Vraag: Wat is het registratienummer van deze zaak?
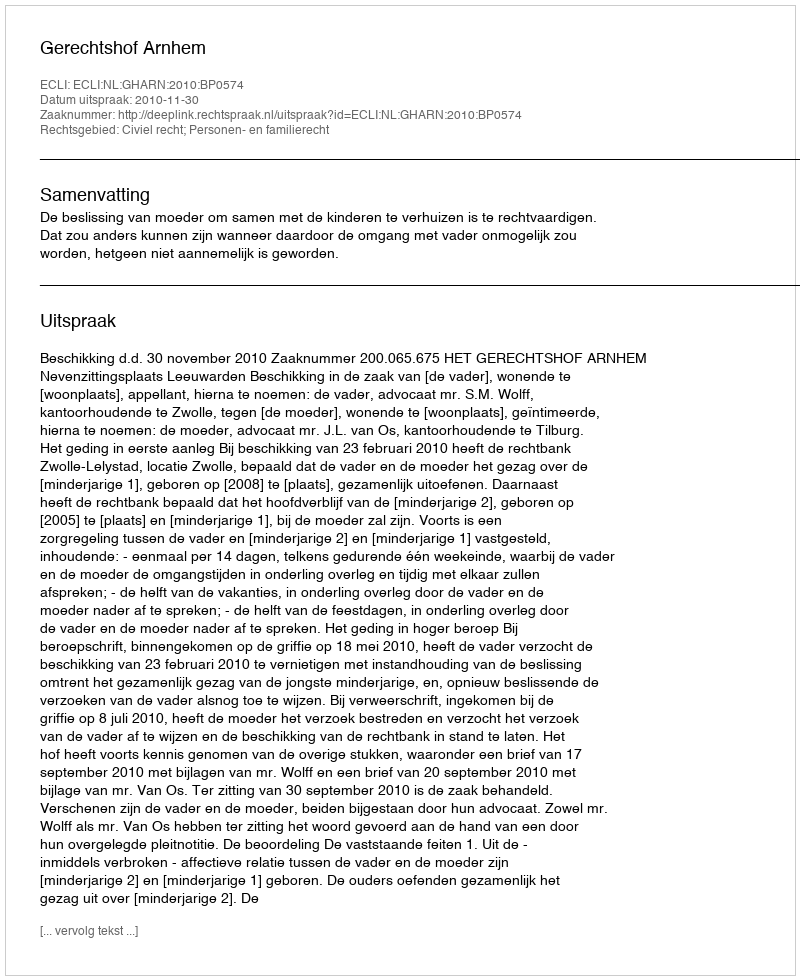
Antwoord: http://deeplink.rechtspraak.nl/uitspraak?id=ECLI:NL:GHARN:2010:BP0574